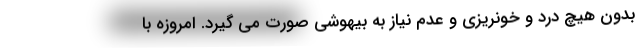
بدون هیچ درد و خونریزی و عدم نیاز به بیهوشی صورت می گیرد. امروزه با